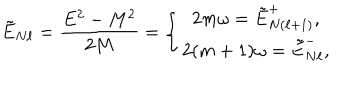
\tilde { E } _ { N \ell } = { \frac { E ^ { 2 } - M ^ { 2 } } { 2 M } } = \left\{ \begin{array} { c } { { 2 m \omega = \tilde { E } _ { N ( \ell + 1 ) } ^ { + } , } } \\ { { 2 ( m + 1 ) \omega = \tilde { E } _ { N \ell } ^ { - } , } } \\ \end{array} \right.